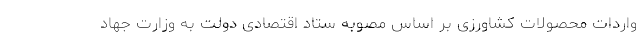
واردات محصولات کشاورزی بر اساس مصوبه ستاد اقتصادی دولت به وزارت جهاد